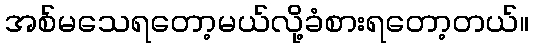
အစ်မသေရတော့မယ်လို့ခံစားရတော့တယ်။